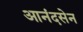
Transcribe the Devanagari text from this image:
आनंदसेन